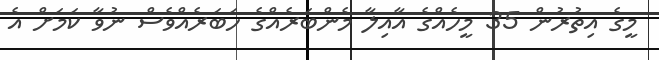
މީގެ އިތުރުން 35 މީހެއްގެ އާއިލާ މެންބަރެއްގެ ހަބަރެއްވެސް ނުވާ ކަމަށް އެ